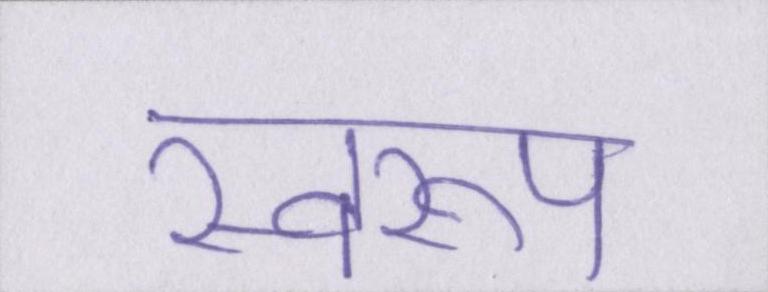
स्वरूप